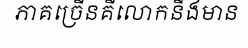
ភាគច្រើនគឺលោកនឹងមាន